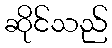
ဆိုင်သည်